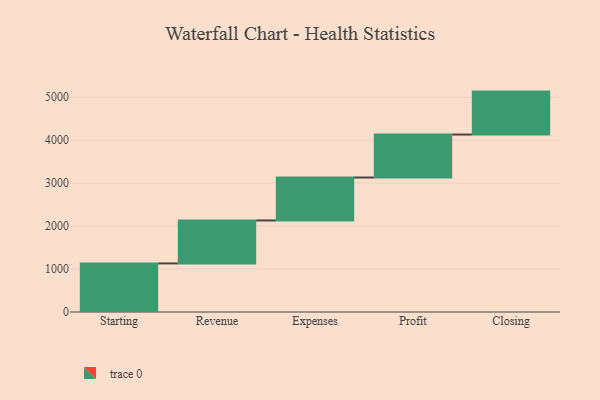
{"axis": {"x": "Step", "y": "Value"}, "legend": [""], "data": [{"x": "Starting", "y": 1131.0, "type": ""}, {"x": "Revenue", "y": 1000, "type": ""}, {"x": "Expenses", "y": 1000, "type": ""}, {"x": "Profit", "y": 1000, "type": ""}, {"x": "Closing", "y": 1000, "type": ""}]}